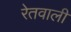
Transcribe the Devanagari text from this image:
रेतवाली